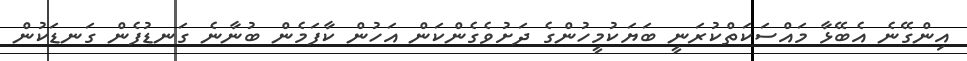
އިންގޭނެ އެބޭޅާ މައްސަކަތްކުރަނީ ބަޔަކުމީހުންގެ ދަށުވެގެންކަން އަހުން ކާފަމެން ބުނާނެ ގަނޑުފެން ގަނޑަކުން